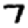
Digit: 7